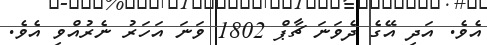
އެވެ. އަދި އޭގެ ދެވަނަ ޗާޕް 1802 ވަނަ އަހަރު ނެރުއްވި އެވެ.